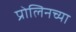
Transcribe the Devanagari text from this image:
प्रोलिनच्या